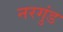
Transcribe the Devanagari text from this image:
नरगुंड